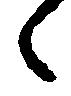
々